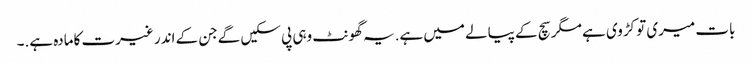
بات میری تو کڑوی ہے مگر سچ کے پیالے میں ہے.یہ گھونٹ وہی پی سکیں گےجن کے اندر غیرت کامادہ ہے.۔